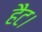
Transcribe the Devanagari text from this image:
हैट।